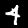
Label: 4